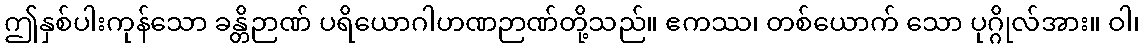
ဤနှစ်ပါးကုန်သော ခန္တိဉာဏ် ပရိယောဂါဟဏဉာဏ်တို့သည်။ ဧကဿ၊ တစ်ယောက် သော ပုဂ္ဂိုလ်အား။ ဝါ၊